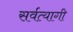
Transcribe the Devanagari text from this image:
सर्वत्यागी